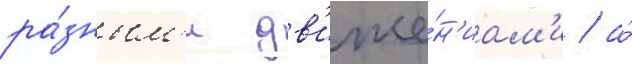
ра́зным'и дв'иже́н'иам'и / а́